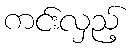
ကင်းလှည့်